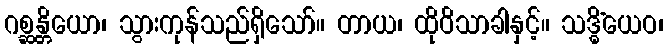
ဂစ္ဆန္တိယော၊ သွားကုန်သည်ရှိသော်။ တာယ၊ ထိုဝိသာခါနှင့်။ သဒ္ဓိံယေဝ၊